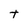
Character: T